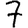
Digit: 7